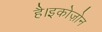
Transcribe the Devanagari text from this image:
है।इकोज़ोन